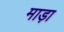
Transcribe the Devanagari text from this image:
माड़ा